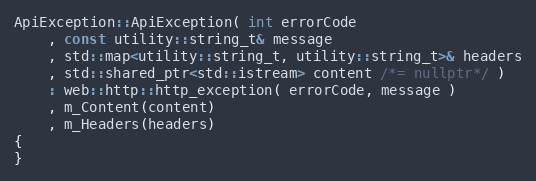
Language: C++
ApiException::ApiException( int errorCode
    , const utility::string_t& message
    , std::map<utility::string_t, utility::string_t>& headers
    , std::shared_ptr<std::istream> content /*= nullptr*/ )
    : web::http::http_exception( errorCode, message )
    , m_Content(content)
    , m_Headers(headers)
{
}